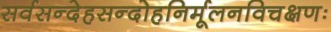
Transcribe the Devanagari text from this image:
सर्वसन्देहसन्दोहनिर्मूलनविचक्षणः